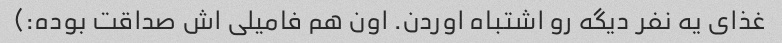
غذای یه نفر دیگه رو اشتباه اوردن. اون هم فامیلی اش صداقت بوده:)